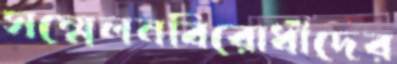
সম্মেলনবিরোধীদের